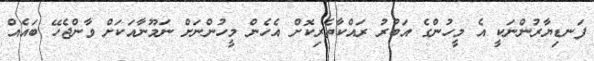
ފަނޑިޔާރުންނަކީ އެ މީހުންގެ އަބުރު ރައްކާތެރިކޮށް އެހެން މީހުންނަށް ނަމޫނާއަކަށް ވާންޖެހޭ ބައެއް